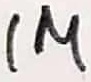
Text: 1M